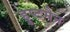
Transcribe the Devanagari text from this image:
हुप्टमैन